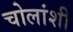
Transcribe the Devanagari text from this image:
चोलांशी